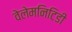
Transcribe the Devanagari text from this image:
वेलेमनिटिडी